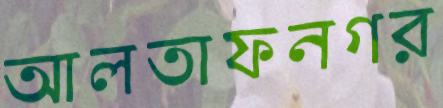
আলতাফনগর